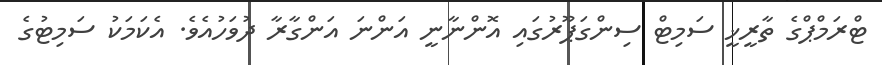
ޓްރަމްޕްގެ ތާރީޚީ ސަމިޓް ސިންގަޕޫރުގައި އޮންނާނީ އަންނަ އަންގާރާ ދުވަހުއެވެ. އެކަމަކު ސަމިޓުގެ